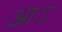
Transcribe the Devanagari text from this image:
आऽ